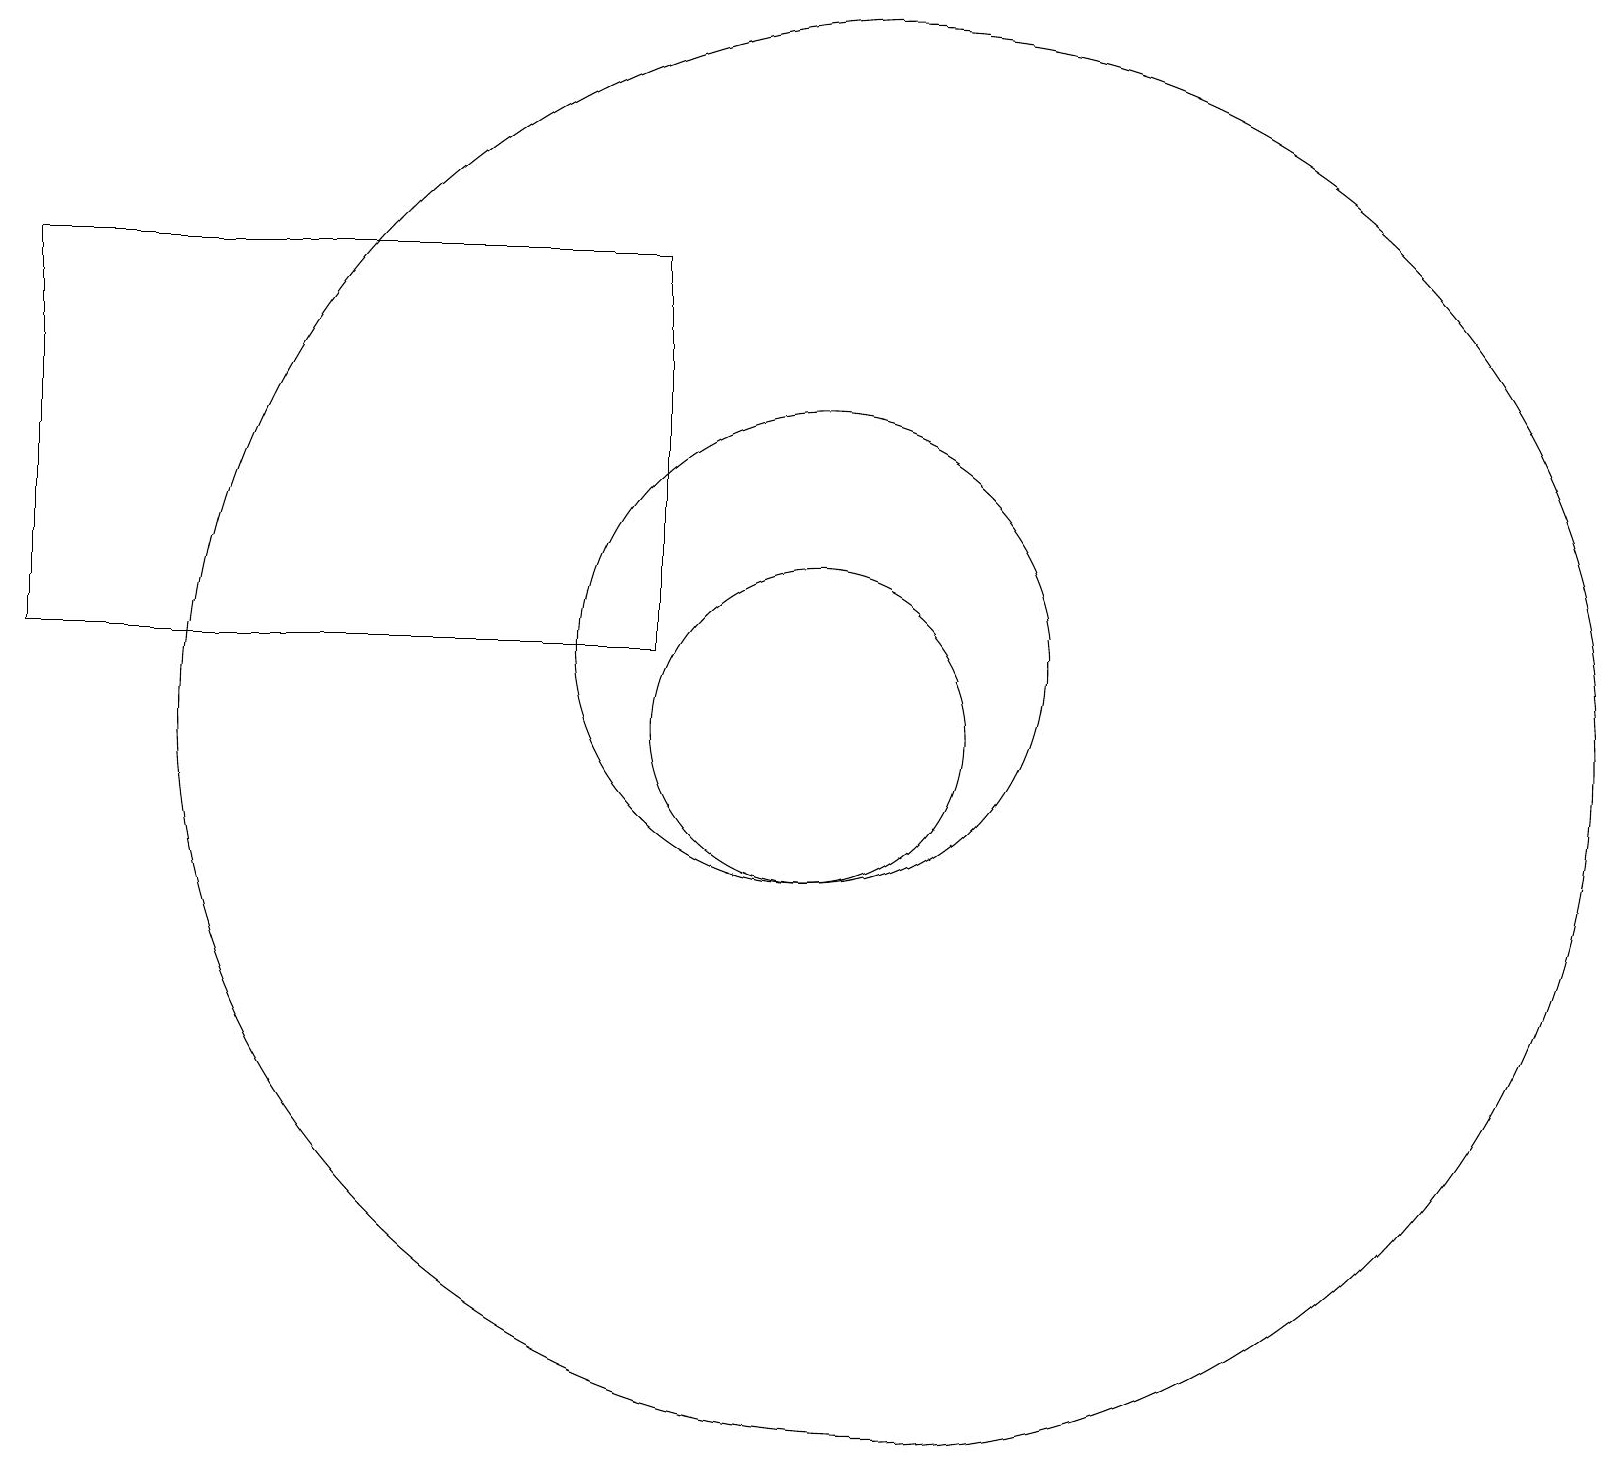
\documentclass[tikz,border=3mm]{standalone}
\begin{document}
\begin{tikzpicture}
\draw (11,10) circle (9);
\draw (10,11) circle (3);
\draw (10,10) circle (2);
\draw (8,16) rectangle (0,11);
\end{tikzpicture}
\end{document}